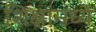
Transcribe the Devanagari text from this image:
शिक्षांमध्ये